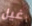
غيل